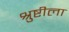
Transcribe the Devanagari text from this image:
श्रुष्टीला